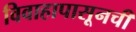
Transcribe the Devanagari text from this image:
विवाहापासूनची